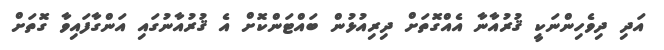
އަދި ދިވެހިންނަކީ ޤުރުއާނާ އެއްގޮތަށް ދިރިއުޅުން ބައްޓަންކޮށް އެ ޤުރުއާނުގައި އަންގާފައިވާ ގޮތަށް